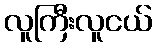
လူကြီးလူငယ်